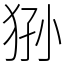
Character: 狲